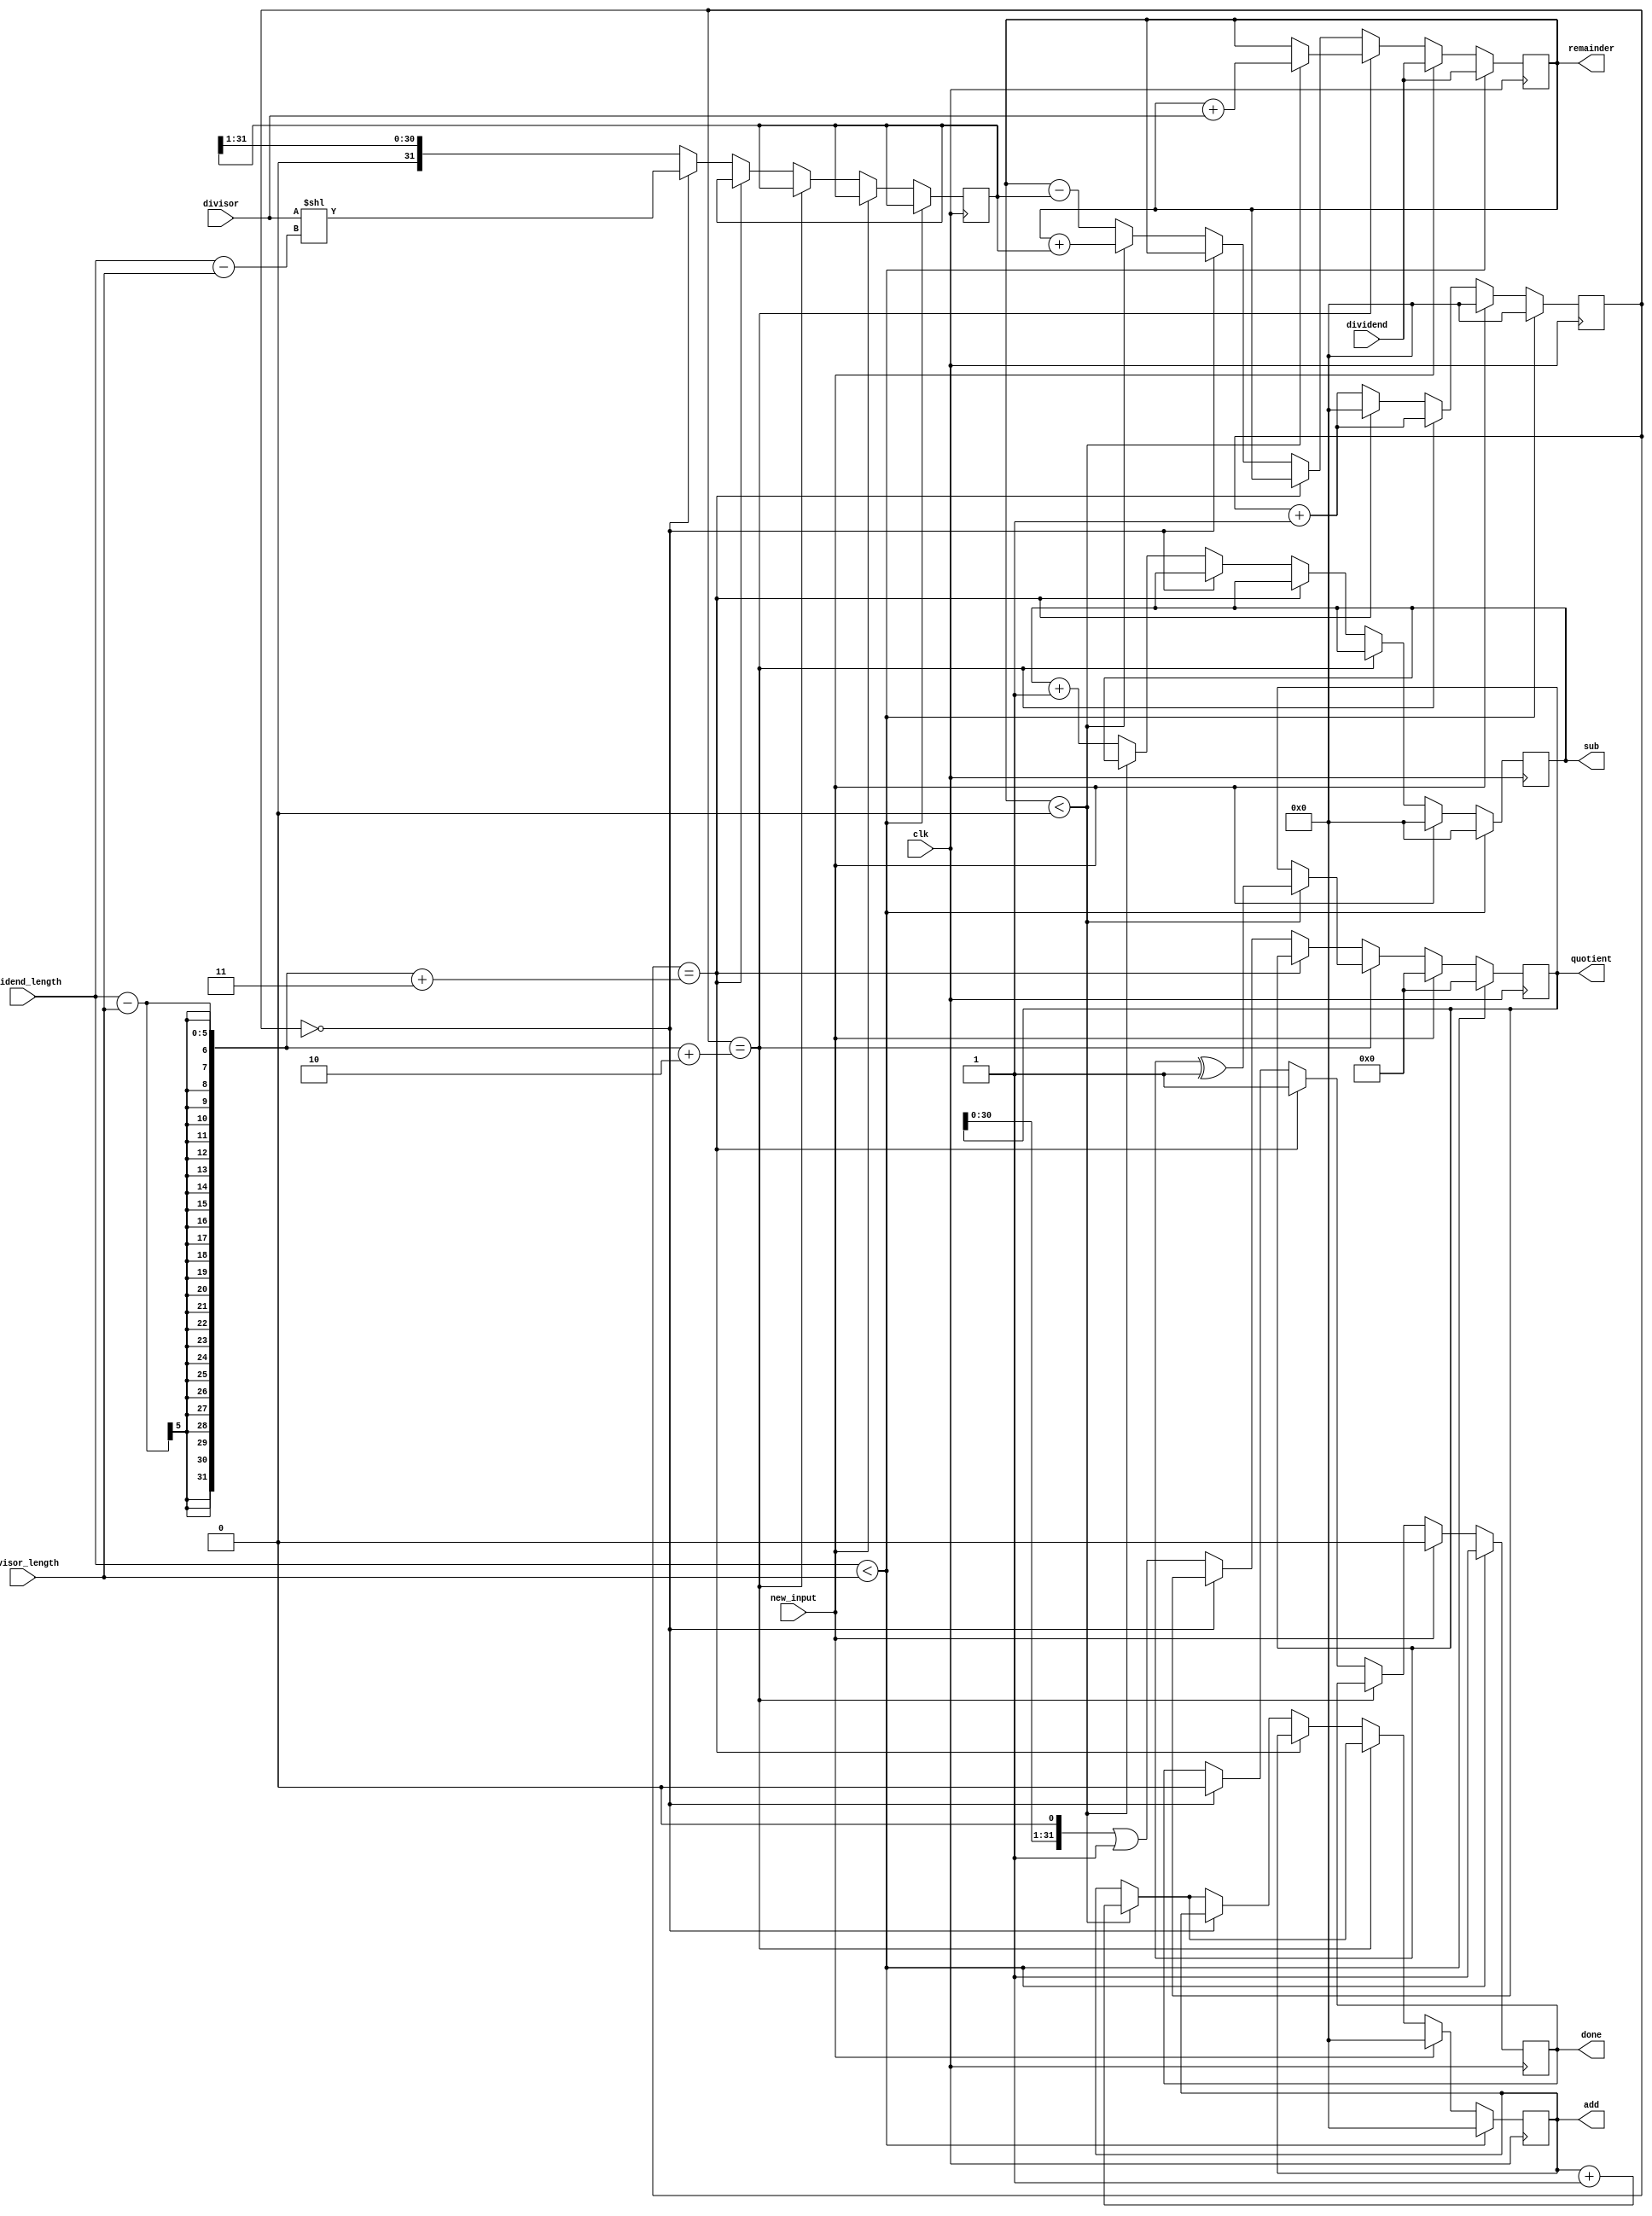
module divider(clk,dividend,divisor,dividend_length,divisor_length,quotient,remainder,add,sub,done,new_input);
	input clk;
	input[31:0] dividend;
	input[31:0] divisor;
	input new_input;
	input[4:0] dividend_length;
	input[4:0] divisor_length;

	output reg[31:0] quotient;
	output reg signed[31:0] remainder;
	output reg done;
	output reg[5:0] add;
	output reg[5:0] sub;
	reg[31:0] div;
	reg[5:0] iteration;
	
	initial begin 
		done <=  1;
	end
	always @(posedge clk) begin
		if (dividend_length < divisor_length) begin   // The algo works only when dividend length greater than or equal to divisor length, hence
													// A special case is handled, by assigning 0 to number of additions and subtractions
			add <= 0;
			sub <= 0;
			iteration <= 0;
			quotient <= 0;
			remainder <= dividend;
			done <= 1;
		end
		else if (new_input == 1) begin
			add <=   0;
			sub <=   0;
			iteration <=   0;
			quotient<=  0;
			remainder <=  dividend;
			done <=  0;
		end
		else if (iteration == dividend_length - divisor_length + 2) begin
			if (remainder < 0) begin
				remainder <=   remainder + divisor;
				add <=   add+1;
				quotient <=   quotient^1;
			end
				iteration <= iteration + 1;
		end

		else if (iteration == dividend_length - divisor_length + 3) begin
			done <=  1;
			iteration <=  0;

		end

		else if (iteration == 0) begin
			div <=   divisor<<(dividend_length - divisor_length);
			iteration <=   iteration+1;
			done <=   0;
		end
		else begin 
			if (remainder <  0) begin
				remainder <=   remainder + div;
				add <=   add+1;
				quotient <=   quotient^1;
				#1;
			end
			else begin 
				remainder <=   remainder - div;
				sub <=   sub + 1;
			end
		iteration <=   iteration + 1;
		quotient <=   (quotient<<1)|1;
		div <=   (div >> 1);
		end

	end



endmodule